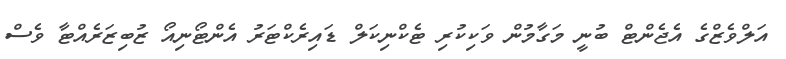
އަލްވެޒްގެ އެޖެންޓް ބުނީ މަގާމުން ވަކިކުރި ޓެކްނިކަލް ޑައިރެކްޓަރު އެންޓޯނިއޯ ޒުބިޒަރެއްޓާ ވެސް